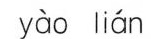
yào lián